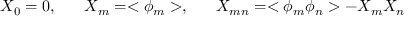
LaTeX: X _ { 0 } = 0 , \; \; \; \; \; \; X _ { m } = < \phi _ { m } > , \; \; \; \; \; \; X _ { m n } = < \phi _ { m } \phi _ { n } > - X _ { m } X _ { n }